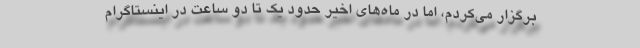
برگزار می‌کردم، اما در ماه‌های اخیر حدود یک تا دو ساعت در اینستاگرام